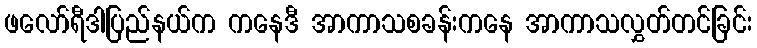
ဖလော်ရီဒါပြည်နယ်က ကနေဒီ အာကာသစခန်းကနေ အာကာသလွှတ်တင်ခြင်း